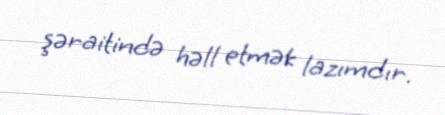
şəraitində həll etmək lazımdır.